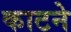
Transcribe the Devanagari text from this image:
काटनेे